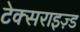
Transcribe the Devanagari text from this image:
टेक्सराइज़्ड